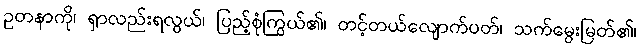
ဥတနာကို၊ ရှာလည်းရလွယ်၊ ပြည့်စုံကြွယ်၏၊ တင့်တယ်လျောက်ပတ်၊ သက်မွေးမြတ်၏၊